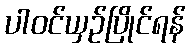
ပါဝင်ယှဉ်ပြိုင်ရန်